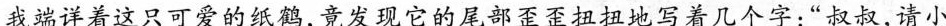
我端详着这只可爱的纸鹤，竟发现它的尾部歪歪扭扭地写着几个字：“叔叔，请小